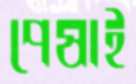
পেষাই